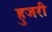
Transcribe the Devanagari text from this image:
हुजरी